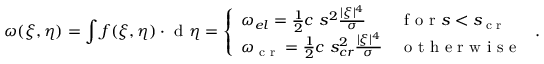
\omega ( \boldsymbol { \xi } , \boldsymbol { \eta } ) = \int \boldsymbol { f } ( \boldsymbol { \xi } , \boldsymbol { \eta } ) \cdot \textup { d } \boldsymbol { \eta } = \left\{ \begin{array} { l l } { \omega _ { e l } = \frac { 1 } { 2 } c \ s ^ { 2 } \frac { | \boldsymbol { \xi } | ^ { 4 } } { \sigma } } & { \textup { f o r } s < s _ { \textup { c r } } } \\ { \omega _ { \textup { c r } } = \frac { 1 } { 2 } c \ s _ { c r } ^ { 2 } \frac { | \boldsymbol { \xi } | ^ { 4 } } { \sigma } } & { \textup { o t h e r w i s e } } \end{array} \right. .